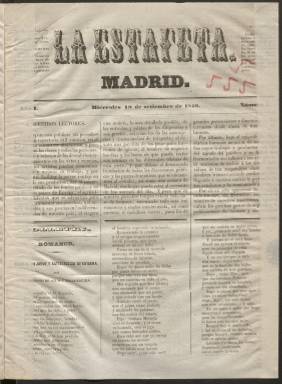
Título: La Estafeta (Madrid. 1849)
Colección: Periódicos anteriores a 1850
Ámbito geográfico: Madrid
Lugar de publicación: Madrid
Fechas: 19/09/1849-27/09/1849